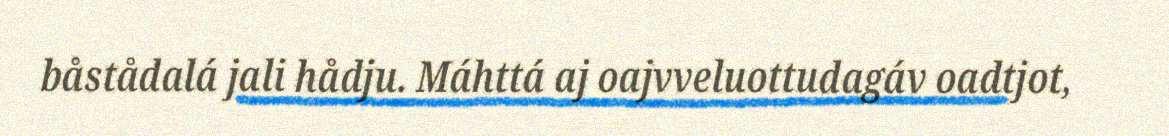
båstådalá jali hådju. Máhttá aj oajvveluottudagáv oadtjot,